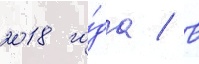
2018 го́да / в